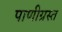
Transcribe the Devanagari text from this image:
पाणीग्रस्त